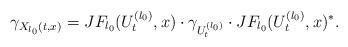
LaTeX: \begin{align*}\gamma_{X_{l_{0}}(t,x)}=JF_{l_{0}}(U_{t}^{(l_{0})},x)\cdot \gamma_{U_{t}^{(l_{0})}}\cdot JF_{l_{0}}(U_{t}^{(l_{0})},x)^{*}.\end{align*}